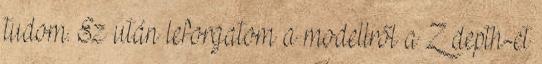
tudom. Ez után leforgatom a modellről a Z depth-et